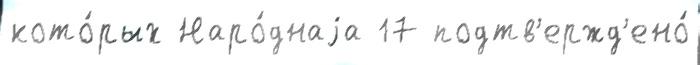
кото́рых Наро́днаjа 17 подтв'ержд'ено́